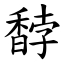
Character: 馞